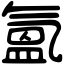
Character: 氳